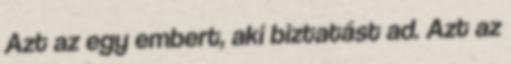
Azt az egy embert, aki biztatást ad. Azt az